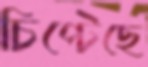
চিপ্‌টেছে